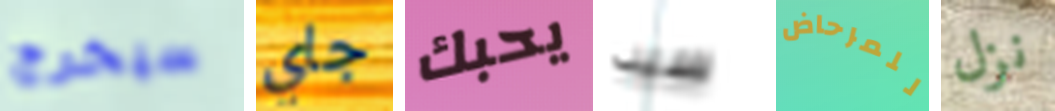
سيخرج جاي يحبك سيد للمرحاض نزل